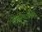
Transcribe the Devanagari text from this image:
केलेल्यांचे